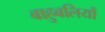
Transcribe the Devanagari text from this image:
बाहुबलियों